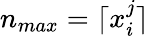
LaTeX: n_{max}=\lceil x_{i}^{j}\rceil